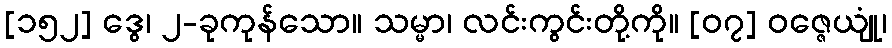
[၁၅၂] ဒွေ၊ ၂-ခုကုန်သော။ သမ္မာ၊ လင်းကွင်းတို့ကို။ [၀၇] ဝဇ္ဇေယျုံ၊